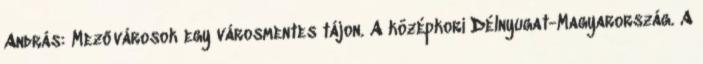
András: Mezővárosok egy városmentes tájon. A középkori Délnyugat-Magyarország. A